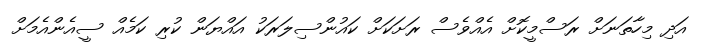
އަދި މިހާތަނަށް ރަސްމީކޮށް އެއްވެސް ރަށަކަށް ކައުންސިލަރަކު އައްޔަން ކުރި ކަމެއް ސީއެންއެމަށް